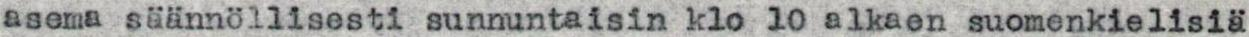
asema säännöllisesti sunnuntaisin klo 10 alkaen suomenkielisiä